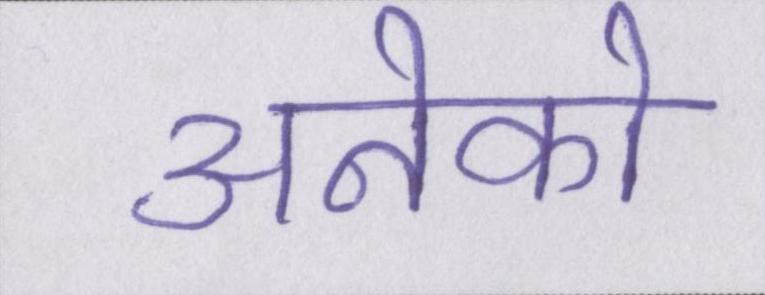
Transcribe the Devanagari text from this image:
अनेको